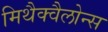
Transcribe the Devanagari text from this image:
मिथैक्वैलोन्स